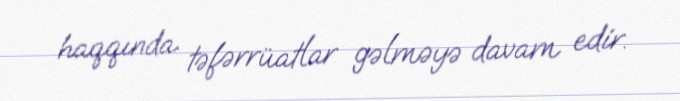
haqqında təfərrüatlar gəlməyə davam edir.